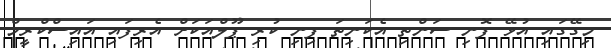
މިގޭގައި އުޅޭ ފޮނި ސަންތި އެކަނިތަ ފިނި ކުރި ޕޫލްއަކަށް އެރިފައި އައިސްކްރީމް